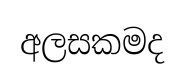
අලසකමද